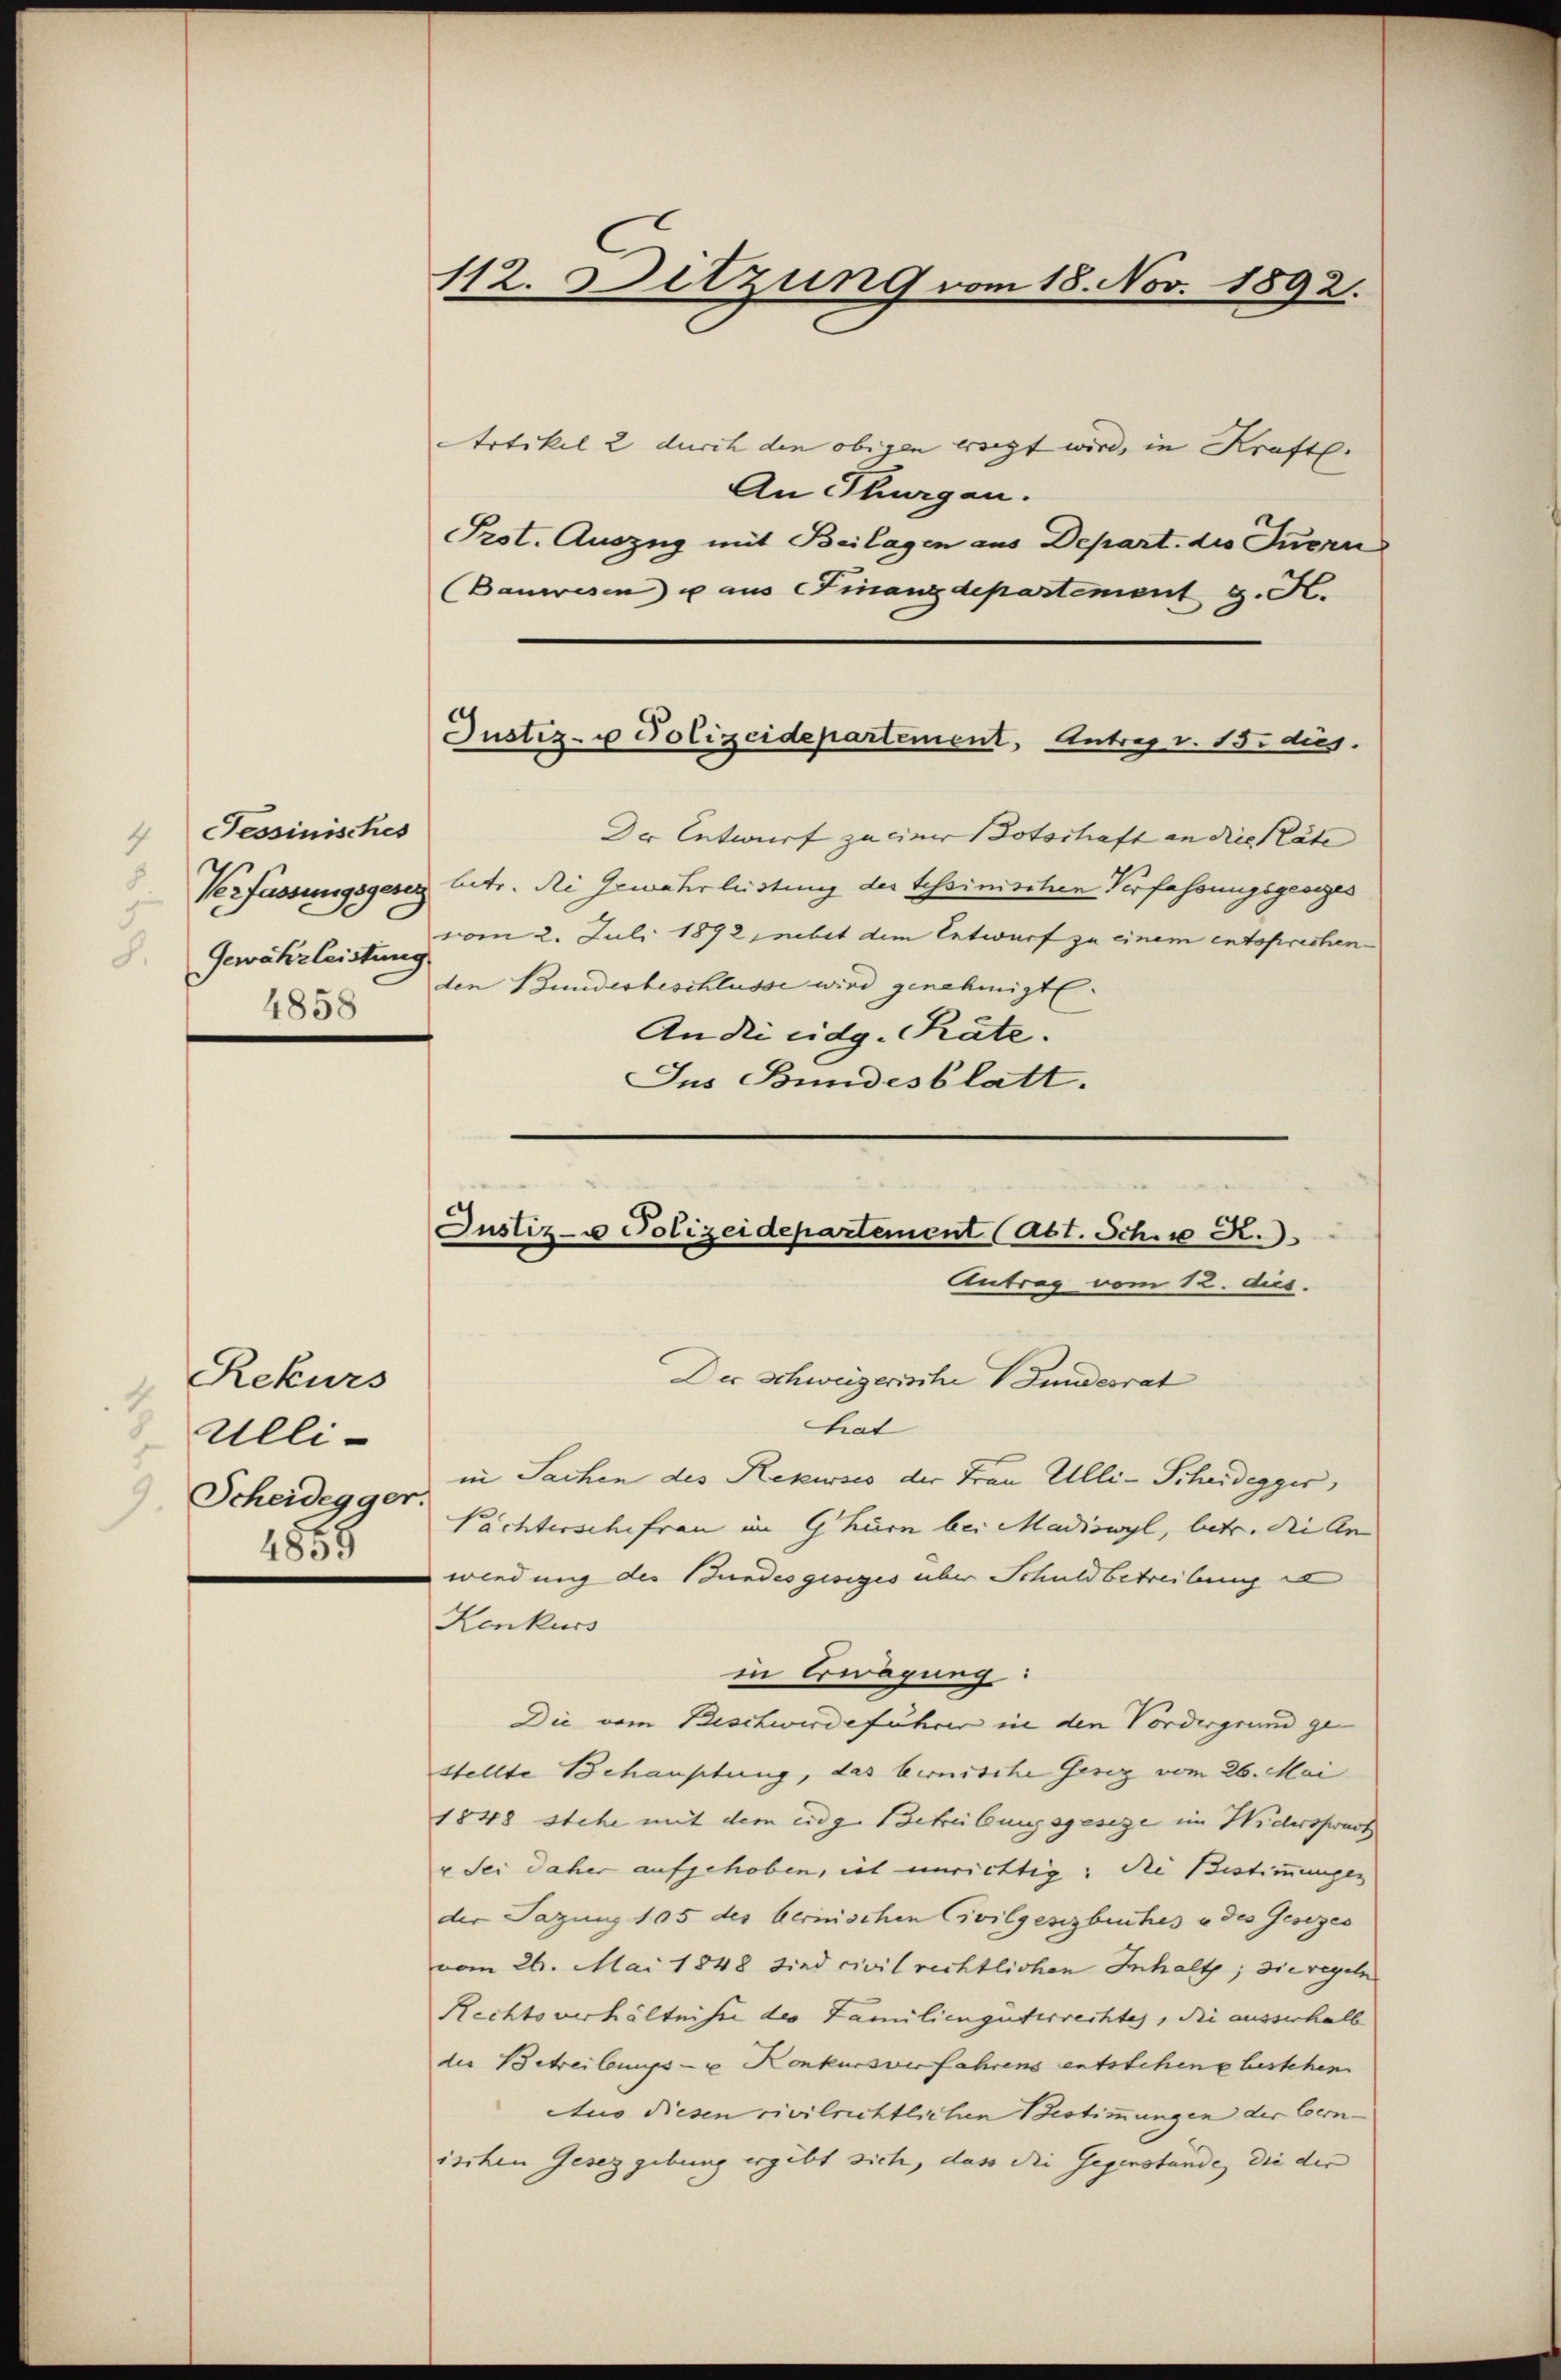
Rekurs
3
Ulli-
9
Scheidegger.
1855

112. Sitzung vom 18. Nov. 1892.

Sessinisches
Gewährleistung
8.
4858

Justiz- u Polizeidepartement, Antrag v. 15. dies

AArtikel 2 durch den obigen wigt wird, in Kraft.
An Thurgau.
Prost. Auszug mit Beilagen aus Depart. die Inern
Bauwesen u aus Finanzdepartement g. K.
Der Entwurf zu einer Potschaft an die Plate
Verfassungsgesetz betr. Ri Gewährleistung der Tessinischen Verfassungsgesezes
vom 2. Juli 1892 jnebit dem Entwurf zu einem entsprechenden Bundesbeschlüsse wird genehmigt.
An die eidg. Räte.
Jus Bundesblatt.

Der Schweizerische V Fundesrat
hat
in Sachen des Rekurses der Frau Ulli-Scheidegger,
Pachterschefrau im Ghurn bei Madiswyl, betr. die An
wiedung der Bundesgesiges über Schuldbetreibung in
Konkurs
in Erwägung:
Die vom Beschwerdeführer in den Vordergrund gestellte Behauptung, das bernische Gesez vom 26. Mai
1848 stehe mit dem eidg. Betreibungsgeseze im Widersprach
u Sei daher aufgehoben, ist unrichtig: Die Bestimmungen
der Sagung 105 des bernischen Civilgeszbuches u des Gesezes
vom 26. Mai 1848 sind civil rechtlichen Inhaltz; die regeln
Rechtsverhältnisse des Familiengüterrechtes, die ausserhalb
des Betreibungs- u Konkursverfahrens entstehene bestehen
Aus diesen civilrichtlichen Bestimmungen der Cemischen Gesetzgebung ergibt sich, dass die Gegenstände, die der

Justiz- u Polizeidepartement (Abt. Schre R.
Antrag vom 12. dus.